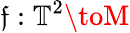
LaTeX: \mathfrak{f}:\mathbb{{T}}^{2}\toM